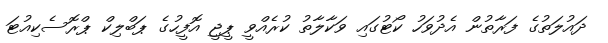
ދައުލަތުގެ ފަރާތުން އެދުވަހު ކޯޓުގައި ވަކާލާތު ކުރެއްވީ ޕީޖީ އޮފީހުގެ ޕަބްލިކް ޕްރޮސެކިއުޓަ